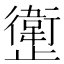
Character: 𱥊